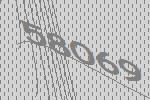
58069